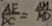
\frac { A E } { D C } = \frac { A M } { A D }